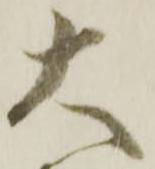
大